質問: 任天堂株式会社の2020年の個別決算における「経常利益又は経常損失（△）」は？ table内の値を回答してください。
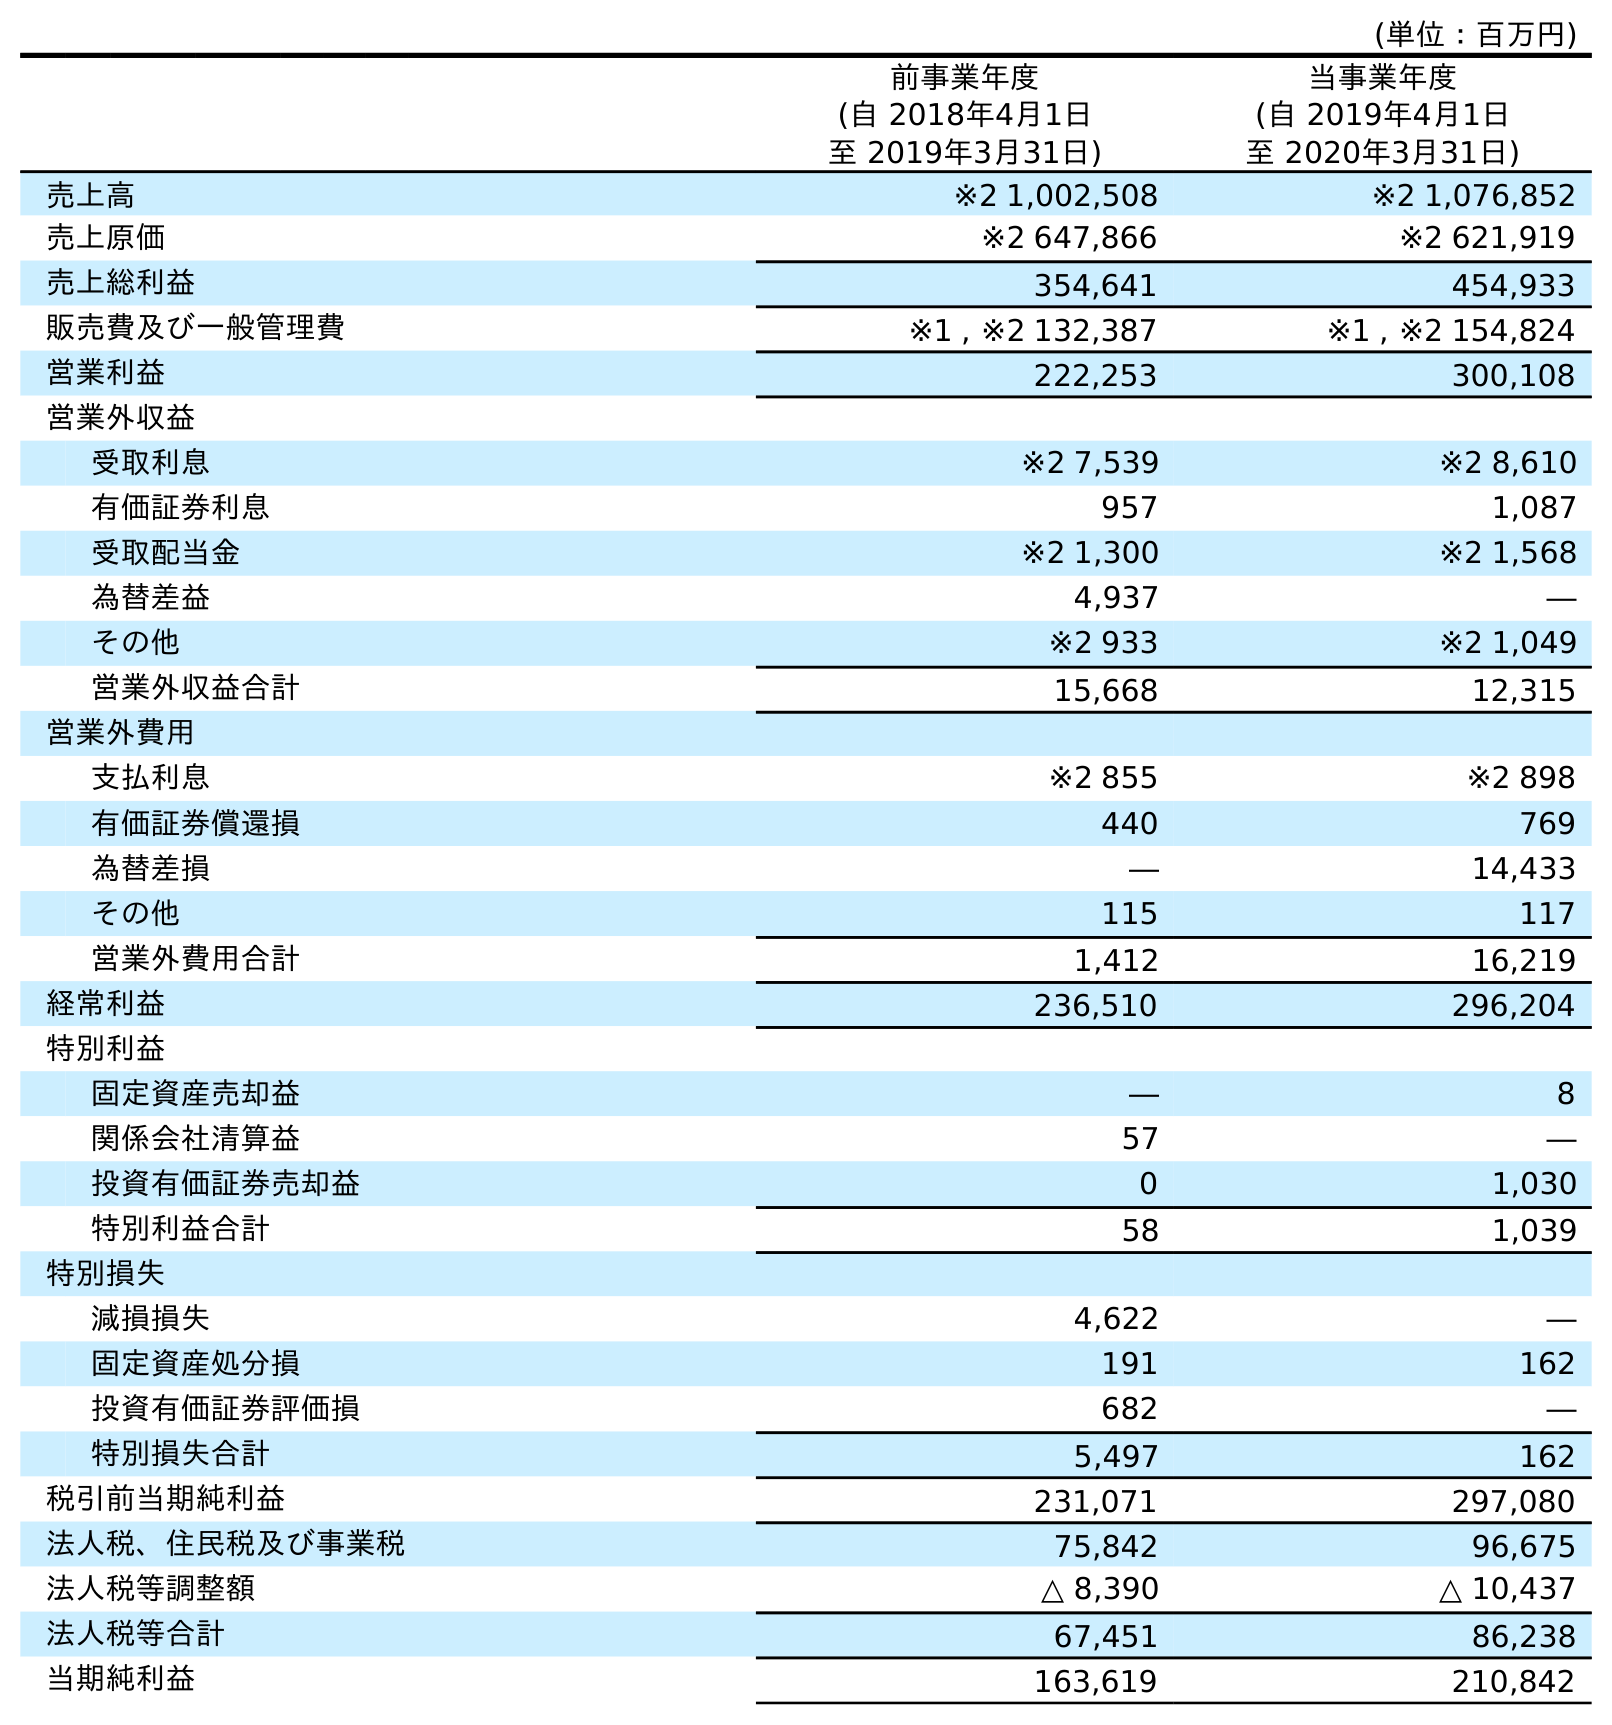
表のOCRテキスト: (単位：百万円) 前事業年度 (自 2018年4月1日 至 2019年3月31日) 当事業年度 (自 2019年4月1日 至 2020年3月31日) 売上高 ※2 1,002,508 ※2 1,076,852 売上原価 ※2 647,866 ※2 621,919 売上総利益 354,641 454,933 販売費及び一般管理費 ※1 , ※2 132,387 ※1 , ※2 154,824 営業利益 222,253 300,108 営業外収益 受取利息 ※2 7,539 ※2 8,610 有価証券利息 957 1,087 受取配当金 ※2 1,300 ※2 1,568 為替差益 4,937 ― その他 ※2 933 ※2 1,049 営業外収益合計 15,668 12,315 営業外費用 支払利息 ※2 855 ※2 898 有価証券償還損 440 769 為替差損 ― 14,433 その他 115 117 営業外費用合計 1,412 16,219 経常利益 236,510 296,204 特別利益 固定資産売却益 ― 8 関係会社清算益 57 ― 投資有価証券売却益 0 1,030 特別利益合計 58 1,039 特別損失 減損損失 4,622 ― 固定資産処分損 191 162 投資有価証券評価損 682 ― 特別損失合計 5,497 162 税引前当期純利益 231,071 297,080 法人税、住民税及び事業税 75,842 96,675 法人税等調整額 △ 8,390 △ 10,437 法人税等合計 67,451 86,238 当期純利益 163,619 210,842
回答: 296,204